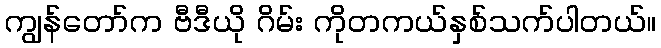
ကျွန်တော်က ဗီဒီယို ဂိမ်း ကိုတကယ်နှစ်သက်ပါတယ်။